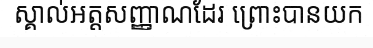
ស្គាល់អត្តសញ្ញាណដែរ ព្រោះបានយក